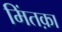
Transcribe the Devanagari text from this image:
मिंतक़ा